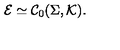
\mathcal E \simeq { \mathcal C } _ { 0 } ( \Sigma , \mathcal K ) .